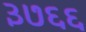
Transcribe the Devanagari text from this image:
३७६६